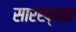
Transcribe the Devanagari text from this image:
सारख्यात